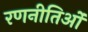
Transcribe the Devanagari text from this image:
रणनीतिओं